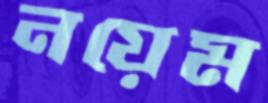
নয়েম